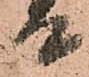
て